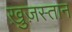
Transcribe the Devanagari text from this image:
ख़ुज़स्तान